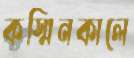
কস্মিনকালে